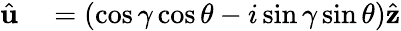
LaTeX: \begin{array}{rl}{\hat{\mathbf{u}}}&{{}=\left(\cos\gamma\cos\theta-i\sin\gamma\sin\theta\right)\hat{\mathbf{z}}}\end{array}